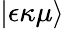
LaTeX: \left\vert\epsilon\kappa\mu\right\rangle